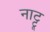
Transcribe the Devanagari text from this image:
नाट्टू